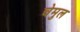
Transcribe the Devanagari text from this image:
चेमुल